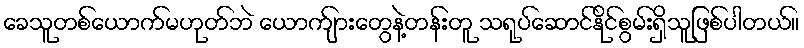
ခေသူတစ်ယောက်မဟုတ်ဘဲ ယောက်ျားတွေနဲ့တန်းတူ သရုပ်ဆောင်နိုင်စွမ်းရှိသူဖြစ်ပါတယ်။